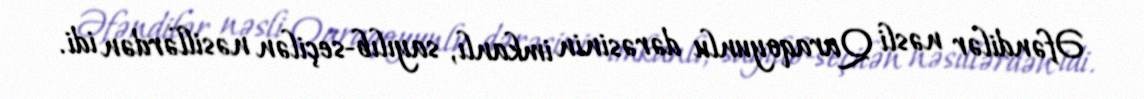
Əfəndilər nəsli Qaraqoyunlu dərəsinin imkanlı, sayılıb-seçilən nəsillərdən idi.